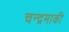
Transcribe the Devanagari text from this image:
चन्द्रमाकी